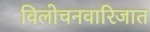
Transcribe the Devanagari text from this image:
विलोचनवारिजात